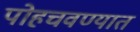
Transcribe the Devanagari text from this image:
पोहचवण्यात